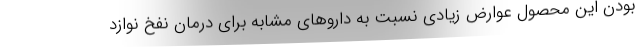
بودن این محصول عوارض زیادی نسبت به داروهای مشابه برای درمان نفخ نوازد